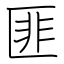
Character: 匪